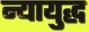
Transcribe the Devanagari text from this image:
न्यायुद्ध